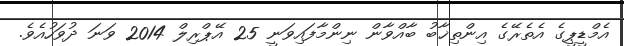
އެމްޑީޕީގެ އެތެރޭގެ އިންތިޚާބު ބާއްވާން ނިންމާފައިވަނީ 25 އޭޕްރިލް 2014 ވަނަ ދުވަހުއެވެ.